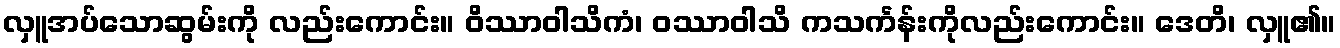
လှူအပ်သောဆွမ်းကို လည်းကောင်း။ ဝိဿာဝါသိကံ၊ ဝဿာဝါသိ ကသင်္ကန်းကိုလည်းကောင်း။ ဒေတိ၊ လှူ၏။